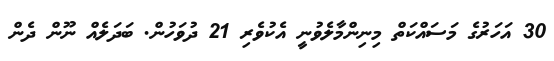
30 އަހަރުގެ މަސައްކަތް މިނިންމާލެވުނީ އެކުވެރި 21 ދުވަހުން. ބަދަލެއް ނޫން ދެން